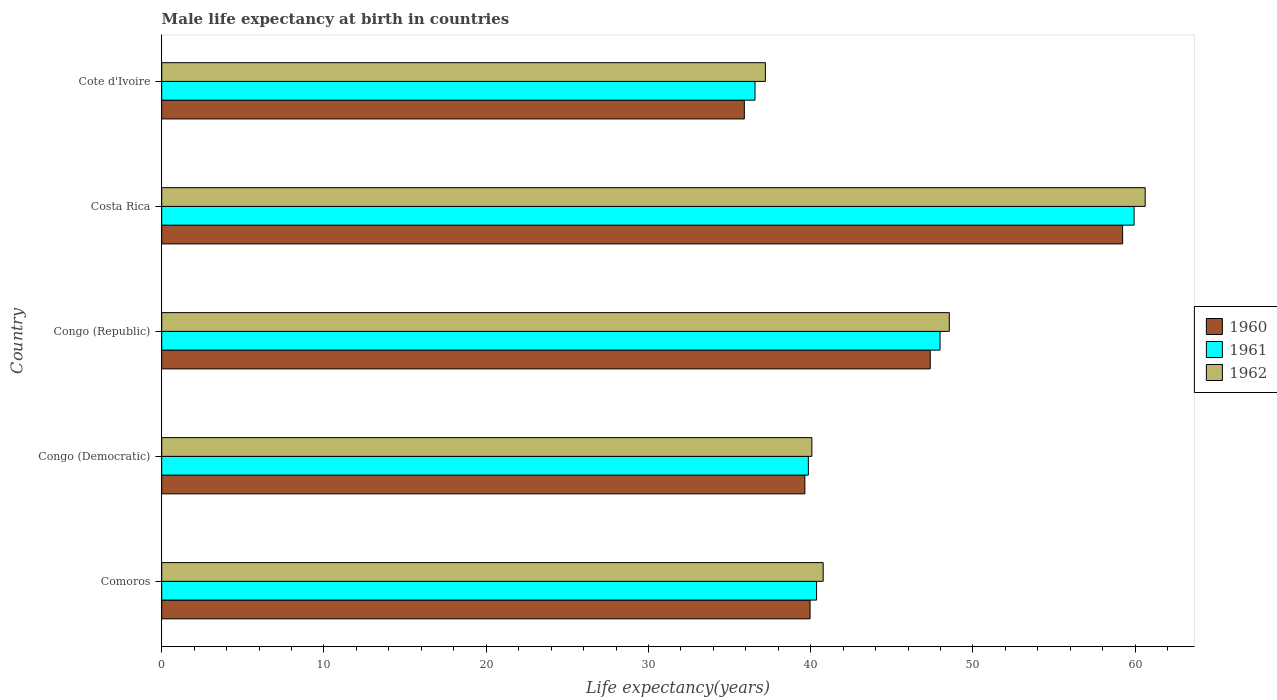
| Country | 1960 | 1961 | 1962 |
 | --- | --- | --- | --- |
 | Comoros | 40 | 40.4 | 40.8 |
 | Congo (Democratic) | 39.6 | 39.9 | 40.1 |
 | Congo (Republic) | 47.4 | 48 | 48.5 |
 | Costa Rica | 59.2 | 59.9 | 60.6 |
 | Cote d'Ivoire | 35.9 | 36.6 | 37.2 |